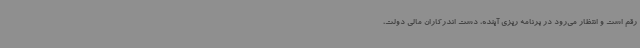
رقم است و انتظار می‌رود در برنامه ریزی آینده، دست اندرکاران مالی دولت،